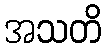
အသတိ